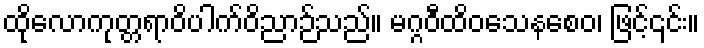
ထိုလောကုတ္တရာဝိပါက်ဝိညာဉ်သည်။ မဂ္ဂဝီထိဝသေနစေဝ၊ ဖြင့်၎င်း။